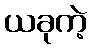
ယခုကဲ့